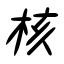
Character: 核